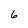
Character: 6